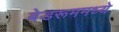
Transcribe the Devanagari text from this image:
बेडरूममध्ये